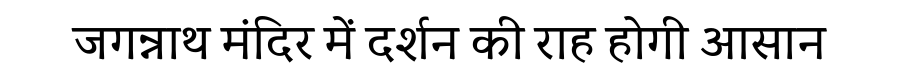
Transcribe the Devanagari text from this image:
जगन्नाथ मंदिर में दर्शन की राह होगी आसान